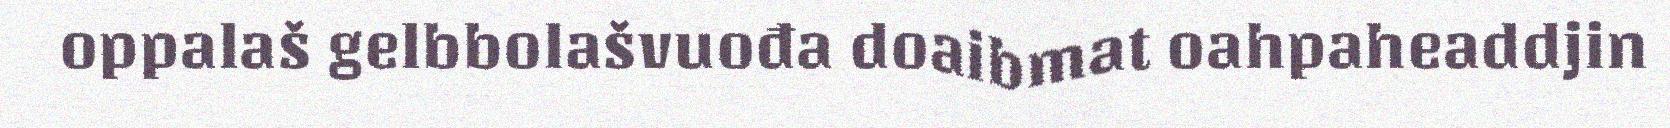
oppalaš gelbbolašvuođa doaibmat oahpaheaddjin